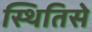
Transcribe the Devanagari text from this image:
स्थितिसे